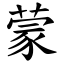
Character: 蒙